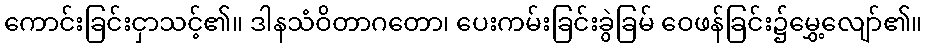
ကောင်းခြင်းငှာသင့်၏။ ဒါနသံဝိတာဂတော၊ ပေးကမ်းခြင်းခွဲခြမ် ဝေဖန်ခြင်း၌မွှေ့လျော်၏။